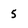
Character: 5